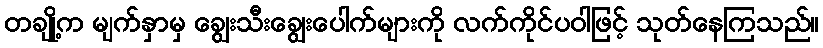
တချို့က မျက်နှာမှ ချွေးသီးချွေးပေါက်များကို လက်ကိုင်ပဝါဖြင့် သုတ်နေကြသည်။